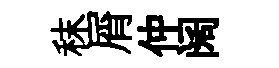
秣屑仲阔